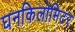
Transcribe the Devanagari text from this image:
घनकिलोमिटर